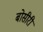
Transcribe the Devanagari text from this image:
बोसीरी